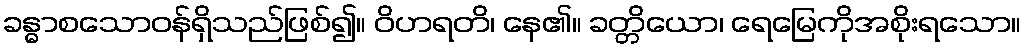
ခန္ဓာစသောဝန်ရှိသည်ဖြစ်၍။ ဝိဟရတိ၊ နေ၏။ ခတ္တိယော၊ ရေမြေကိုအစိုးရသော။